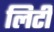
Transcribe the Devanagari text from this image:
लिटी